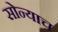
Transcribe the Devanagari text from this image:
सोन्याच